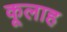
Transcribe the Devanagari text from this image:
कूलाह